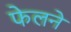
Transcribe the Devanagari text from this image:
फेलने